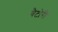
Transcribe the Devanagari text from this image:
बैटोरी